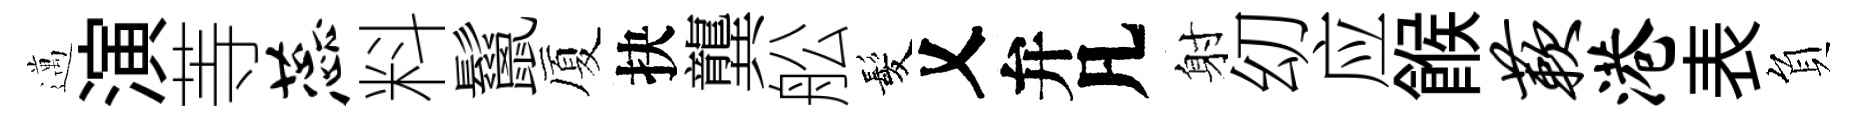
邁演䓁蕊料鬣厦抉龔舩髪乂弁凡射㓜应餱蔌港表負